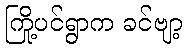
ကြို့ပင်ရွာက ခင်ဗျာ့